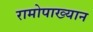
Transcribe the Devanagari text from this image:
रामोपाख्यान